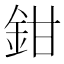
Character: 鉗